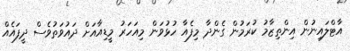
އާޓްލައިނުން އިންތިޒާމު ކުރަމުން ގެންދާ މިފެއާ ހުޅުވަން މިއަހަރު މީޑިއާއަށް ދައުވަތުވެސް ދީފައެއް